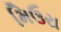
મિઉરા